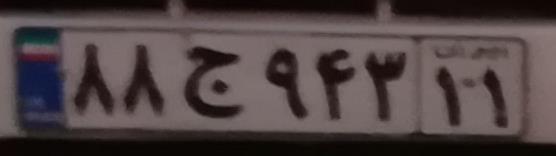
۸۸ج۹۴۳۱۱